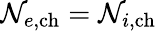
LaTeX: \mathcal{N}_{e,\mathrm{{ch}}}=\mathcal{N}_{i,\mathrm{{ch}}}